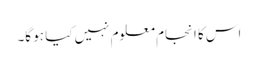
اس کا انجام معلوم نہیں کیا ہو گا۔